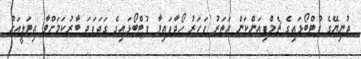
ދުނިޔޭގެ ފުޓްބޯޅައިގެ ޗެމްޕިއަންކަން ހަތަރު ފަހަރު ހޯދާފައިވާ ފުޓްބޯޅައިގެ ގަދަފަދަ ބާރުކަމަށްވާ އިޓަލީއަށް